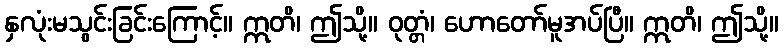
နှလုံးမသွင်းခြင်းကြောင့်။ ဣတိ၊ ဤသို့။ ဝုတ္တံ၊ ဟောတော်မူအပ်ပြီ။ ဣတိ၊ ဤသို့။